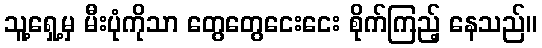
သူ့ရှေ့မှ မီးပုံကိုသာ တွေတွေငေးငေး စိုက်ကြည့် နေသည်။